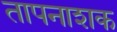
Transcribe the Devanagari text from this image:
तापनाशक